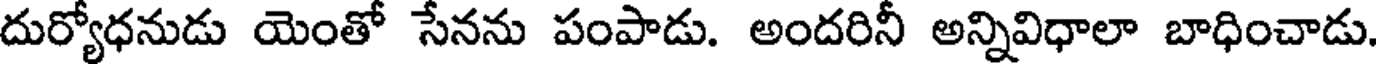
దుర్యోధనుడు యెంతో సేనను పంపాడు. అందరినీ అన్నివిధాలా బాధించాడు.